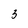
Character: 3